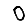
Digit: 0